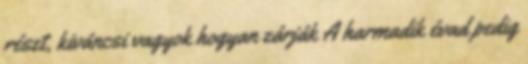
részt, kiváncsi vagyok hogyan zárják A harmadik évad pedig